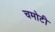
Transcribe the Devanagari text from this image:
चमोटी